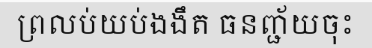
ព្រលប់យប់ងងឹត ធនញ្ជ័យចុះ